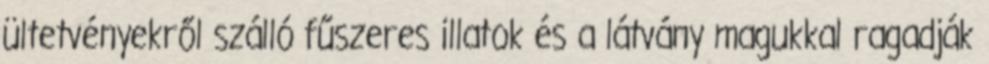
ültetvényekről szálló fűszeres illatok és a látvány magukkal ragadják